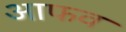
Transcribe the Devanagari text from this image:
आफव